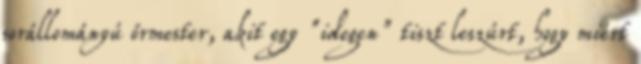
sorállományú őrmester, akit egy "idegen" tiszt leszúrt, hogy miért